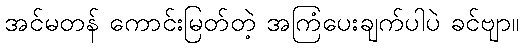
အင်မတန် ကောင်းမြတ်တဲ့ အကြံပေးချက်ပါပဲ ခင်ဗျာ။